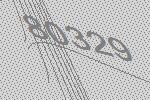
80329